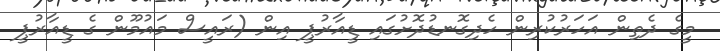
މީގެ ދެތިން އަހަރުކުރިން ހެދިގޮނޑުދޮށުގައި ޑީއާރުޕީ އިން (ރައީސް މައުމޫން ގެ ޑީއާރުޕީ